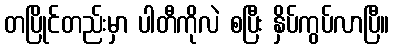
တပြိုင်တည်းမှာ ပါတီကိုလဲ စပြီး နှိပ်ကွပ်လာပြီ။